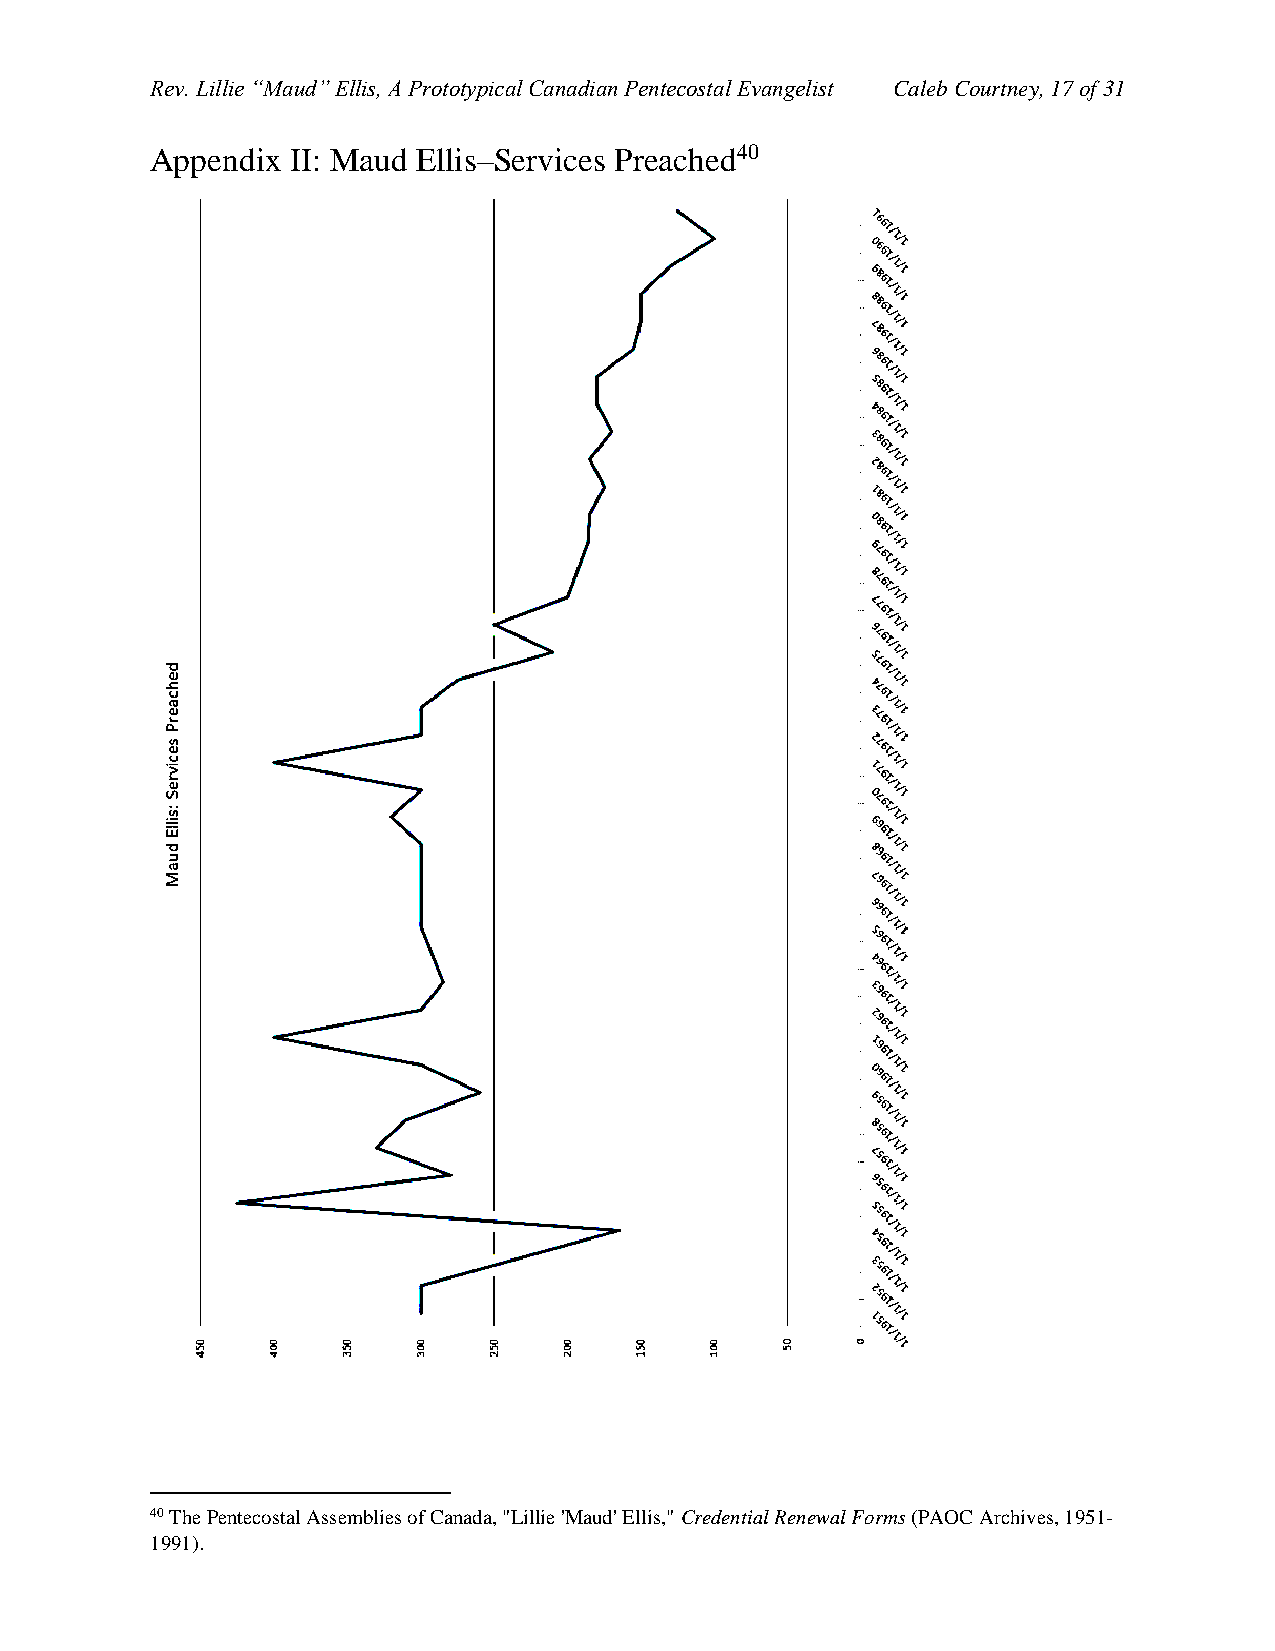
Rev. Lillie “Maud” Ellis, A Prototypical Canadian Pentecostal Evangelist Caleb Courtney, 17 of 31
 Appendix II: Maud Ellis–Services Preached40
 40 The Pentecostal Assemblies of Canada, "Lillie 'Maud' Ellis," Credential Renewal Forms (PAOC Archives, 1951-
 1991).